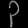
Digit: ၃